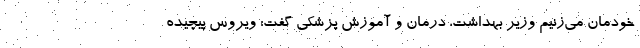
خودمان می‌زنیم وزیر بهداشت، درمان و آموزش پزشکی گفت: ویروس پیچیده